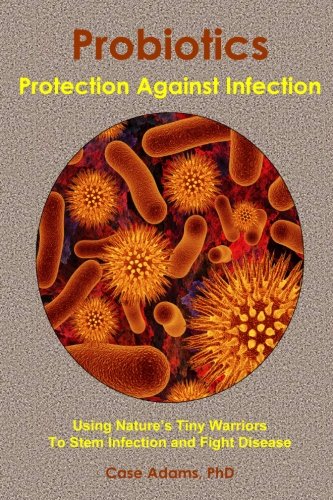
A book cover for Probiotics - Protection Against Infection: Using Nature's Tiny Warriors To Stem Infection and Fight Disease; Case Adams; Health, Fitness & Dieting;